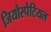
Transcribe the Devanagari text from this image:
जियोस्पेटियल